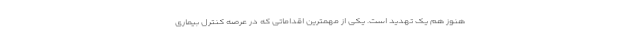
هنوز هم یک تهدید است. یکی از مهمترین اقداماتی که در عرصه کنترل بیماری